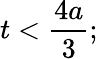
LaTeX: t<{\frac{4a}{3}};